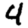
Digit: 4